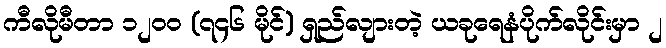
ကီလိုမီတာ ၁၂၀၀ (၇၄၆ မိုင်) ရှည်လျားတဲ့ ယခုရေနံပိုက်လိုင်းမှာ ၂